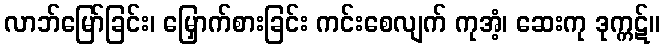
လာဘ်မြော်ခြင်း၊ မြှောက်စားခြင်း ကင်းစေလျက် ကုအံ့၊ ဆေးကု ဒုက္ကဋ်။